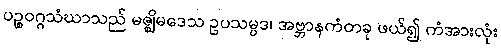
ပဉ္စဝဂ္ဂသံဃာသည် မဇ္ဈိမဒေသ ဥပသမ္ပဒ၊ အဗ္ဘာနကံတခု ဖယ်၍ ကံအားလုံး